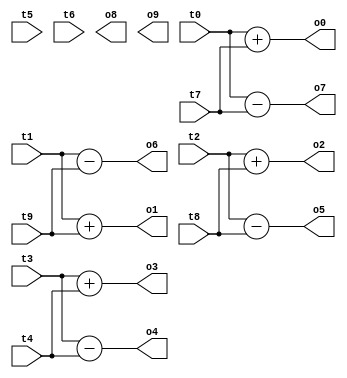
module idct_add2(
input [31:0] t0, t1, t2, t3, t4, t5, t6, t7, t8, t9,
output [31:0] o0, o1, o2, o3, o4, o5, o6, o7, o8, o9
    );
    
    assign o0 = t0 + t7;
    assign o1 = t1 + t9;
    assign o2 = t2 + t8;
    assign o3 = t3 + t4;
    assign o4 = t3 - t4;
    assign o5 = t2 - t8;
    assign o6 = t1 - t9;
    assign o7 = t0 - t7;
    
endmodule